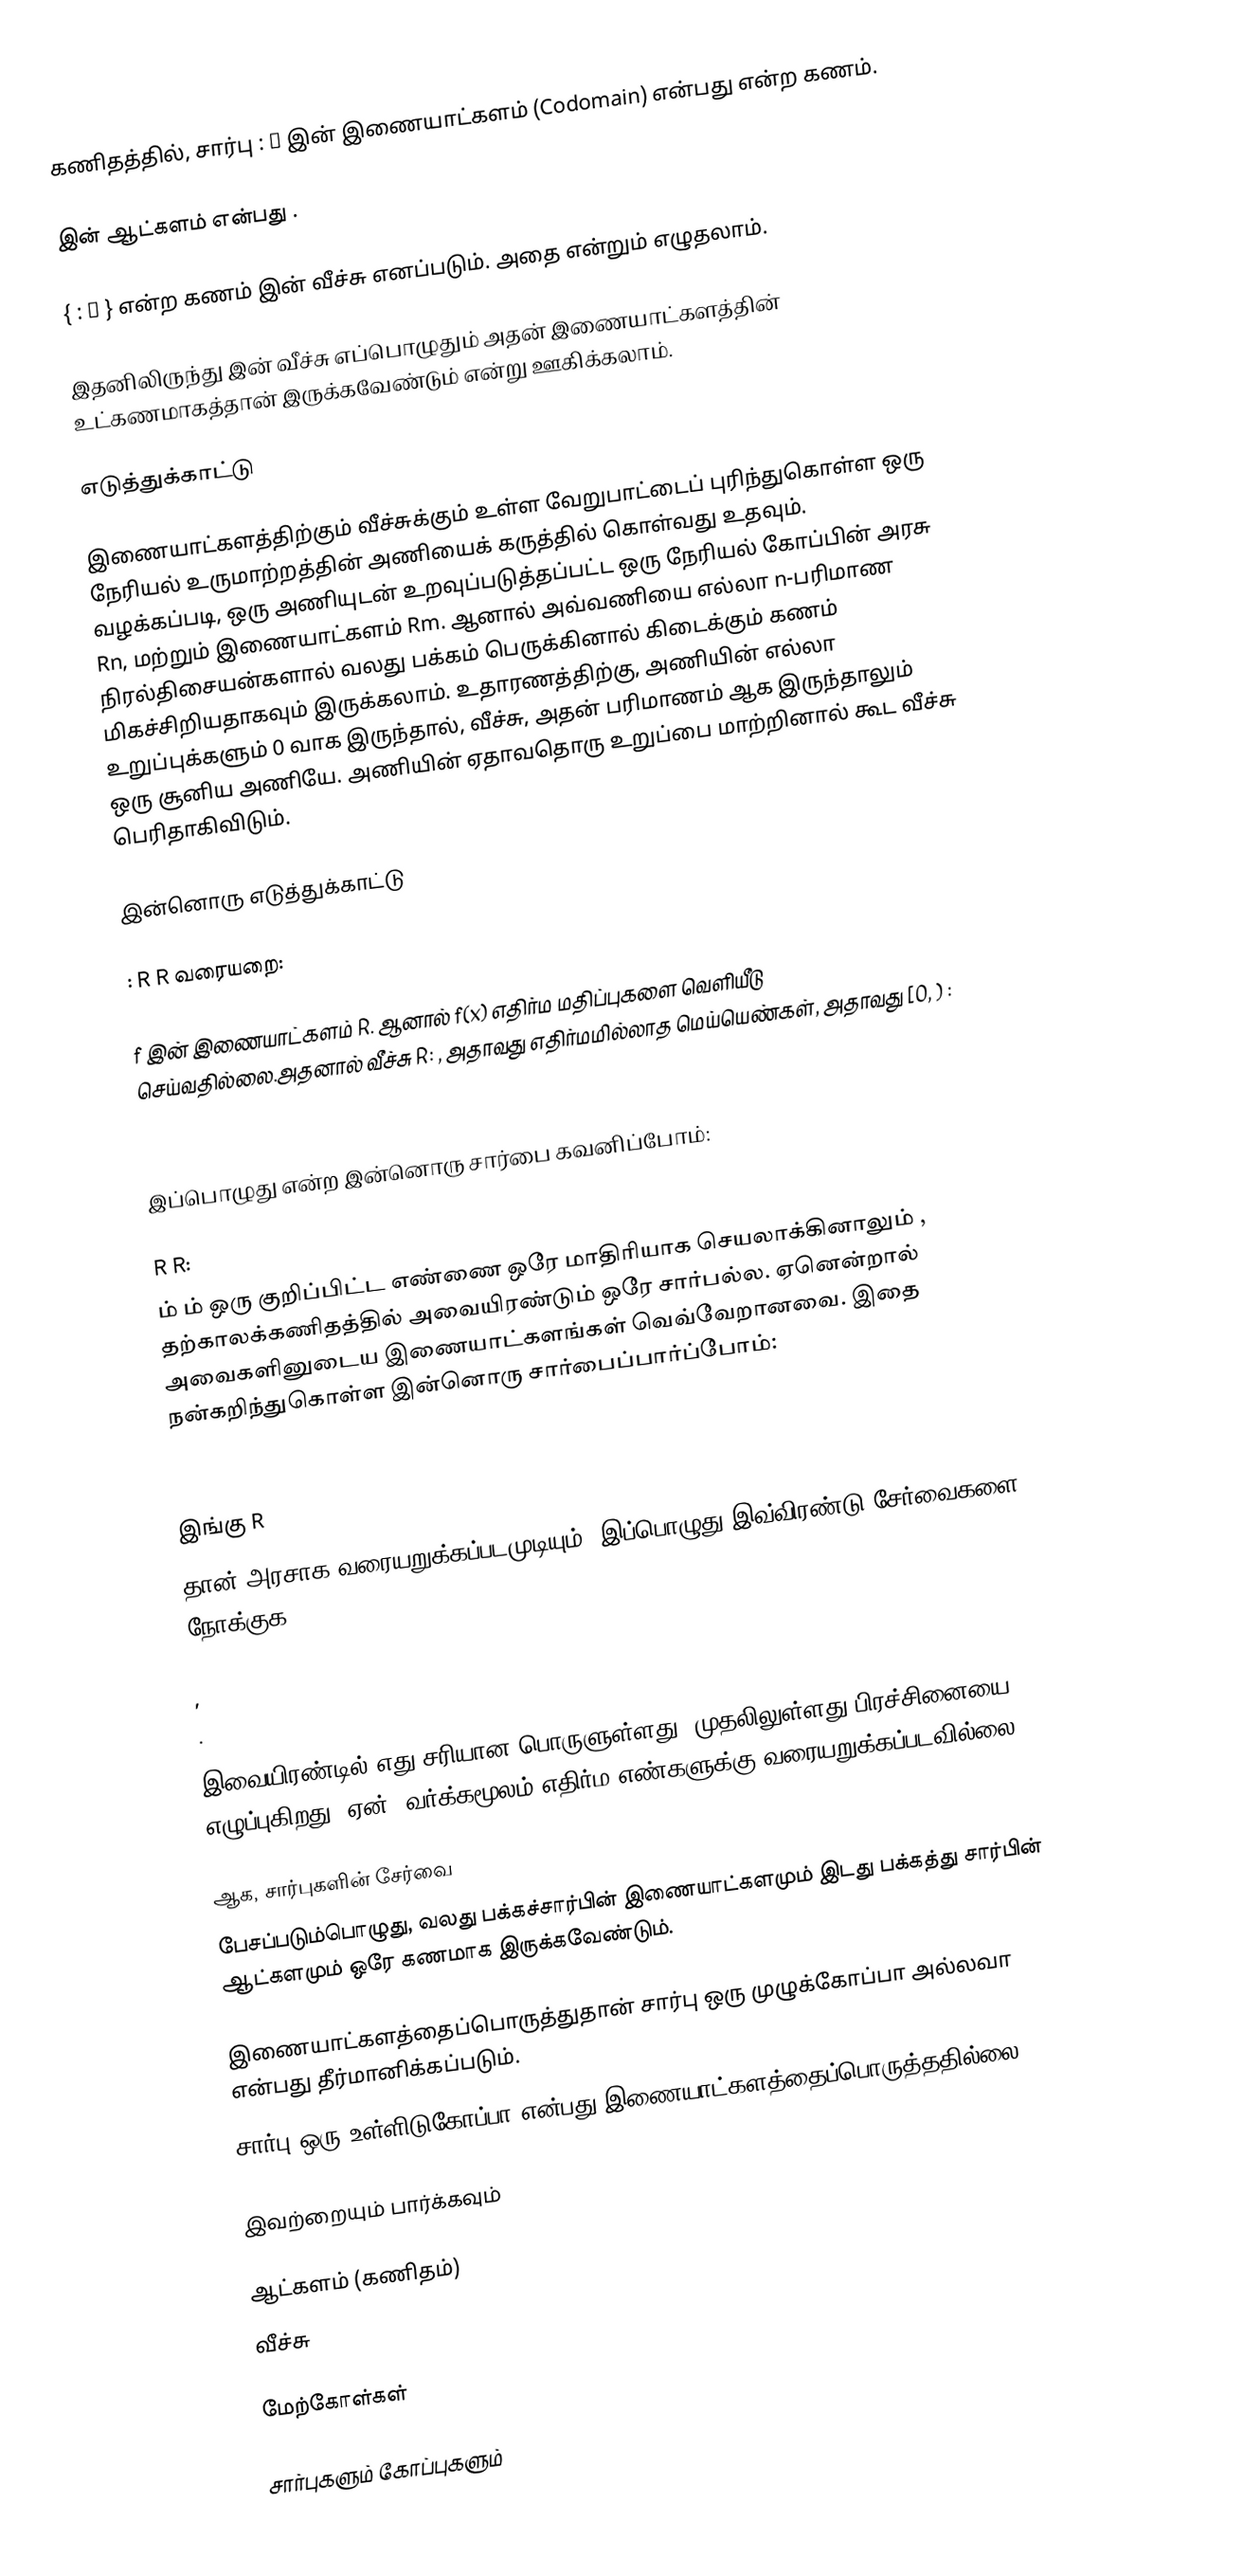
கணிதத்தில், சார்பு   :  →  இன்   இணையாட்களம் (Codomain) என்பது  என்ற கணம்.

இன் ஆட்களம் என்பது  .

{  :  ∈  } என்ற கணம்   இன் வீச்சு எனப்படும். அதை  என்றும் எழுதலாம்.

இதனிலிருந்து   இன் வீச்சு எப்பொழுதும் அதன் இணையாட்களத்தின் உட்கணமாகத்தான் இருக்கவேண்டும் என்று ஊகிக்கலாம்.

எடுத்துக்காட்டு

இணையாட்களத்திற்கும் வீச்சுக்கும் உள்ள வேறுபாட்டைப் புரிந்துகொள்ள ஒரு நேரியல் உருமாற்றத்தின் அணியைக் கருத்தில் கொள்வது உதவும். வழக்கப்படி, ஒரு   அணியுடன் உறவுப்படுத்தப்பட்ட ஒரு நேரியல் கோப்பின் அரசு Rn, மற்றும் இணையாட்களம்  Rm. ஆனால் அவ்வணியை எல்லா  n-பரிமாண நிரல்திசையன்களால் வலது பக்கம் பெருக்கினால் கிடைக்கும் கணம் மிகச்சிறியதாகவும் இருக்கலாம். உதாரணத்திற்கு, அணியின் எல்லா உறுப்புக்களும்  0 வாக இருந்தால், வீச்சு, அதன் பரிமாணம்  ஆக இருந்தாலும்  ஒரு சூனிய அணியே. அணியின் ஏதாவதொரு உறுப்பை மாற்றினால் கூட வீச்சு பெரிதாகிவிடும்.

இன்னொரு எடுத்துக்காட்டு

 : R R  வரையறை:

f இன் இணையாட்களம்  R.  ஆனால்  f(x) எதிர்ம மதிப்புகளை வெளியீடு செய்வதில்லை.அதனால்  வீச்சு  R: , அதாவது எதிர்மமில்லாத மெய்யெண்கள், அதாவது  [0, ) :

இப்பொழுது   என்ற இன்னொரு சார்பை கவனிப்போம்:

  R R:
  ம்    ம் ஒரு குறிப்பிட்ட எண்ணை ஒரே மாதிரியாக செயலாக்கினாலும் , தற்காலக்கணிதத்தில் அவையிரண்டும் ஒரே சார்பல்ல. ஏனென்றால் அவைகளினுடைய இணையாட்களங்கள் வெவ்வேறானவை.  இதை நன்கறிந்துகொள்ள  இன்னொரு சார்பைப்பார்ப்போம்:

இங்கு   R
தான்  அரசாக  வரையறுக்கப்படமுடியும். இப்பொழுது இவ்விரண்டு சேர்வைகளை நோக்குக:

,
.

இவையிரண்டில் எது சரியான பொருளுள்ளது? முதலிலுள்ளது பிரச்சினையை எழுப்புகிறது. ஏன்? வர்க்கமூலம் எதிர்ம எண்களுக்கு வரையறுக்கப்படவில்லை!

ஆக, சார்புகளின் சேர்வை
பேசப்படும்பொழுது, வலது பக்கச்சார்பின் இணையாட்களமும் இடது பக்கத்து சார்பின் ஆட்களமும் ஒரே கணமாக இருக்கவேண்டும்.

இணையாட்களத்தைப்பொருத்துதான் சார்பு ஒரு முழுக்கோப்பா அல்லவா என்பது தீர்மானிக்கப்படும்.
சார்பு ஒரு உள்ளிடுகோப்பா என்பது இணையாட்களத்தைப்பொருத்ததில்லை.

இவற்றையும் பார்க்கவும்

 ஆட்களம் (கணிதம்)
 வீச்சு

மேற்கோள்கள்

சார்புகளும் கோப்புகளும்